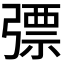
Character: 𢐕